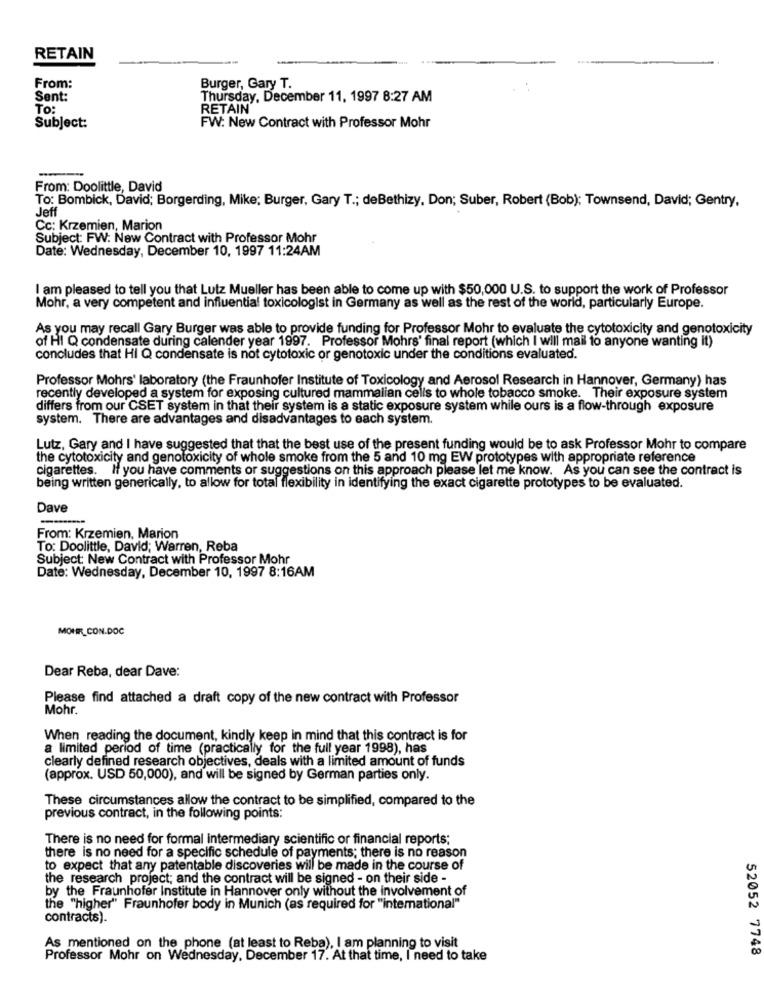
RETAIN
From:
Burger, Gary T.
Sent:
Thursday, December 11, 1997 8:27 AM
To:
RETAIN
Subject:
FW: New Contract with Professor Mohr
From: Doolittle, David
To: Bombick, David; Borgerding, Mike; Burger, Gary T .; deBethizy, Don; Suber, Robert (Bob); Townsend, David; Gentry,
Jeff
Cc: Krzemien, Marion
Subject: FW: New Contract with Professor Mohr
Date: Wednesday, December 10, 1997 11:24AM
I am pleased to tell you that Lutz Mueller has been able to come up with $50,000 U.S. to support the work of Professor
Mohr, a very competent and influential toxicologist in Germany as well as the rest of the world, particularly Europe.
As you may recall Gary Burger was able to provide funding for Professor Mohr to evaluate the cytotoxicity and genotoxicity
of HI Q condensate during calender year 1997. Professor Mohrs' final report (which I will mail to anyone wanting it)
concludes that HI Q condensate is not cytotoxic or genotoxic under the conditions evaluated.
Professor Mohrs' laboratory (the Fraunhofer Institute of Toxicology and Aerosol Research in Hannover, Germany) has
recently developed a system for exposing cultured mammalian cells to whole tobacco smoke. Their exposure system
differs from our CSET system in that their system is a static exposure system while ours is a flow-through exposure
system. There are advantages and disadvantages to each system.
Lutz, Gary and I have suggested that that the best use of the present funding would be to ask Professor Mohr to compare
the cytotoxicity and genotoxicity of whole smoke from the 5 and 10 mg EW prototypes with appropriate reference
cigarettes. If you have comments or suggestions on this approach please let me know. As you can see the contract is
being written generically, to allow for total flexibility in identifying the exact cigarette prototypes to be evaluated.
Dave
-
From: Krzemien, Marion
To: Doolittle, David; Warren, Reba
Subject: New Contract with Professor Mohr
Date: Wednesday, December 10, 1997 8:16AM
MOHR_CON.DOC
Dear Reba, dear Dave:
Please find attached a draft copy of the new contract with Professor
Mohr.
When reading the document, kindly keep in mind that this contract is for
a limited period of time (practically for the full year 1998), has
clearly defined research objectives, deals with a limited amount of funds
(approx. USD 50,000), and will be signed by German parties only.
These circumstances allow the contract to be simplified, compared to the
previous contract, in the following points:
There is no need for formal intermediary scientific or financial reports;
there is no need for a specific schedule of payments; there is no reason
to expect that any patentable discoveries will be made in the course of
the research project; and the contract will be signed - on their side -
by the Fraunhofer Institute in Hannover only without the involvement of
the "higher" Fraunhofer body in Munich (as required for "international"
contracts).
As mentioned on the phone (at least to Reba), I am planning to visit
52052 7748
Professor Mohr on Wednesday, December 17. At that time, I need to take